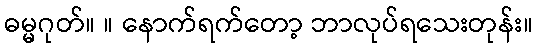
ဓမ္မဂုတ်။ ။ နောက်ရက်တော့ ဘာလုပ်ရသေးတုန်း။